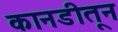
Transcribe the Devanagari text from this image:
कानडीतून